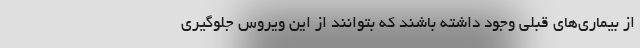
از بیماری‌های قبلی وجود داشته باشند که بتوانند از این ویروس جلوگیری